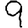
Digit: 9